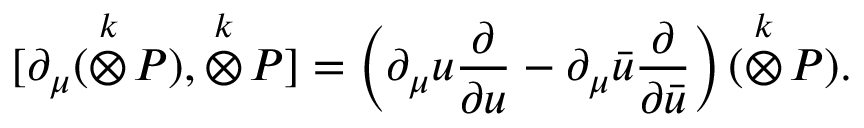
[ \partial _ { \mu } ( \stackrel { k } { \otimes } \! P ) , \stackrel { k } { \otimes } \! P ] = \left( \partial _ { \mu } u \frac { \partial } { \partial u } - \partial _ { \mu } \bar { u } \frac { \partial } { \partial \bar { u } } \right) ( \stackrel { k } { \otimes } \! P ) .